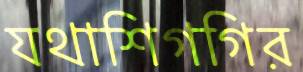
যথাশিগগির